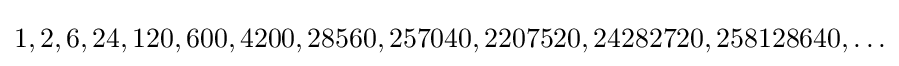
1,2,6,24,120,600,4200,28560,257040,2207520,24282720,258128640,\ldots